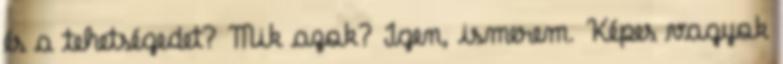
és a tehetségedet? Mik azok? Igen, ismerem. Képes vagyok